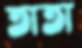
তাতা